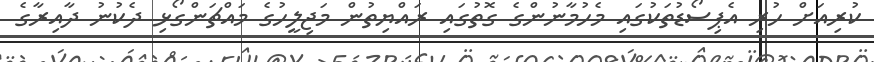
ކުރިއަށް ހުރި އެޕިސޯޑުތަކުގައި މެހުމާނުންގެ ގޮތުގައި ރައްޔިތުން މަޖިލީހުގެ މައްޗަންގޯޅި ދެކުނު ދާއިރާގެ